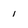
Character: i